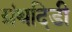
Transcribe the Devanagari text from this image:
ग्रंथदिडी